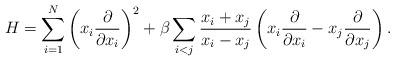
LaTeX: \begin{align*}H=\sum_{i=1}^{N}\left(x_i \frac{\partial}{\partial x_i}\right)^2+\beta\sum_{i<j}\frac{x_i+x_j}{x_i-x_j}\left(x_i\frac{\partial}{\partial x_i}-x_j\frac{\partial}{\partial x_j}\right).\end{align*}